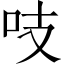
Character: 吱